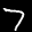
Label: 7